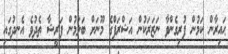
ޙައިރާން ކަމުން ފުރިގެންވާ ނަޒަރަކުން އަޝްރަފްގެ މޫނަށް ބަލަމުން ފަރީޝާ ތެދުވެ އެނދުގައި